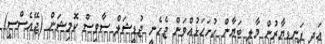
އަދި ފަނޑިޔާރުން މާލީ ބަޔާން ހުށަހަޅުއްވަން ޖެހެނީ ޖުޑީޝަލް ސާވިސް ކޮމިޝަން (ޖޭއެސްސީ)